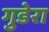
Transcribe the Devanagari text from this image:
गुडेरा